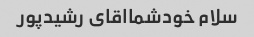
سلام خودشمااقای رشیدپور